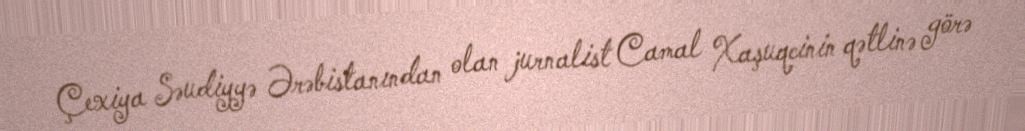
Çexiya Səudiyyə Ərəbistanından olan jurnalist Camal Xaşuqcinin qətlinə görə